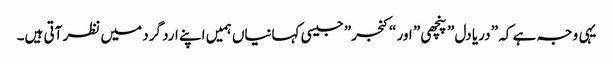
یہی وجہ ہے کہ ” دریا دل ” پنچھی ” اور “کنجر” جیسی کہانیاں ہمیں اپنے ارد گرد میں نظر آتی ہیں۔